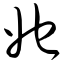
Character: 她